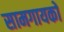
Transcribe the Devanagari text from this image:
सामगायकों